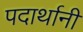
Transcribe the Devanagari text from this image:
पदार्थानी